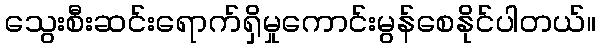
သွေးစီးဆင်းရောက်ရှိမှုကောင်းမွန်စေနိုင်ပါတယ်။